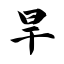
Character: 旱